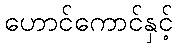
ဟောင်ကောင်နှင့်